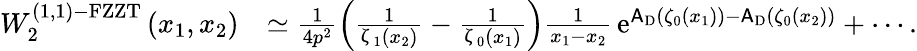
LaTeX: \begin{array}{rl}{W_{2}^{(1,1)\mathrm{-FZZT}}\left(x_{1},x_{2}\right)}&{\simeq\frac{1}{4p^{2}}\left(\frac{1}{\upzeta_{1}(x_{2})}-\frac{1}{\upzeta_{0}(x_{1})}\right)\frac{1}{x_{1}-x_{2}}\, {\mathrm{e}}^{\mathsf{A}_{\mathrm{D}}\left(\zeta_{0}(x_{1})\right)-\mathsf{A}_{\mathrm{D}}\left(\zeta_{0}(x_{2})\right)}+\cdots.}\end{array}